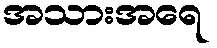
အသားအရေ